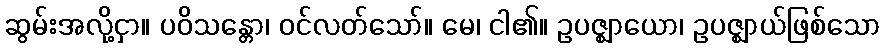
ဆွမ်းအလို့ငှာ။ ပဝိသန္တော၊ ဝင်လတ်သော်။ မေ၊ ငါ၏။ ဥပဇ္ဈာယော၊ ဥပဇ္ဈာယ်ဖြစ်သော